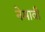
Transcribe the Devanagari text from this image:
नेमावी